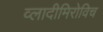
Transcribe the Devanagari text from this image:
व्लादीमिरोविच